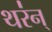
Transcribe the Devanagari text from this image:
थर॑न्